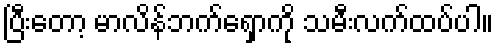
ပြီးတော့ မာလိန်ဘက်ရှောကို သမီးလက်ထပ်ပါ။